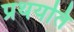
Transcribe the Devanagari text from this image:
प्रथयति